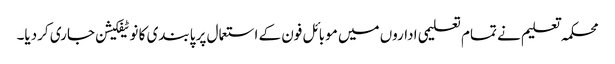
محکمہ تعلیم نے تمام تعلیمی اداروں میں موبائل فون کے استعمال پر پابندی کا نوٹیفکیشن جاری کردیا۔